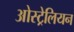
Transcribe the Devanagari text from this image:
ओस्ट्रेलियन